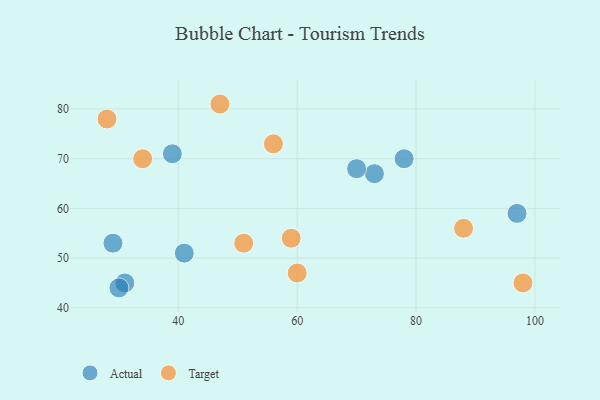
{"axis": {"x": "GDP", "y": "Life Expectancy"}, "legend": ["Actual", "Target"], "data": [{"x": "73", "y": 67, "type": "Actual"}, {"x": "70", "y": 68, "type": "Actual"}, {"x": "39", "y": 71, "type": "Actual"}, {"x": "41", "y": 51, "type": "Actual"}, {"x": "31", "y": 45, "type": "Actual"}, {"x": "97", "y": 59, "type": "Actual"}, {"x": "30", "y": 44, "type": "Actual"}, {"x": "78", "y": 70, "type": "Actual"}, {"x": "29", "y": 53, "type": "Actual"}, {"x": "34", "y": 70, "type": "Target"}, {"x": "56", "y": 73, "type": "Target"}, {"x": "98", "y": 45, "type": "Target"}, {"x": "59", "y": 54, "type": "Target"}, {"x": "88", "y": 56, "type": "Target"}, {"x": "28", "y": 78, "type": "Target"}, {"x": "51", "y": 53, "type": "Target"}, {"x": "47", "y": 81, "type": "Target"}, {"x": "60", "y": 47, "type": "Target"}]}